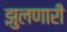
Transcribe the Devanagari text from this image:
झुलणारी